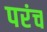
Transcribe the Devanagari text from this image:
परंच